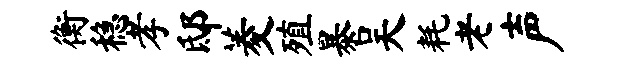
衡稳孝邸菱殖暴吴耗老声